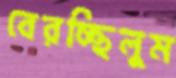
বেরচ্ছিলুম